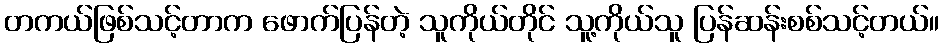
တကယ်ဖြစ်သင့်တာက ဖောက်ပြန်တဲ့ သူကိုယ်တိုင် သူ့ကိုယ်သူ ပြန်ဆန်းစစ်သင့်တယ်။